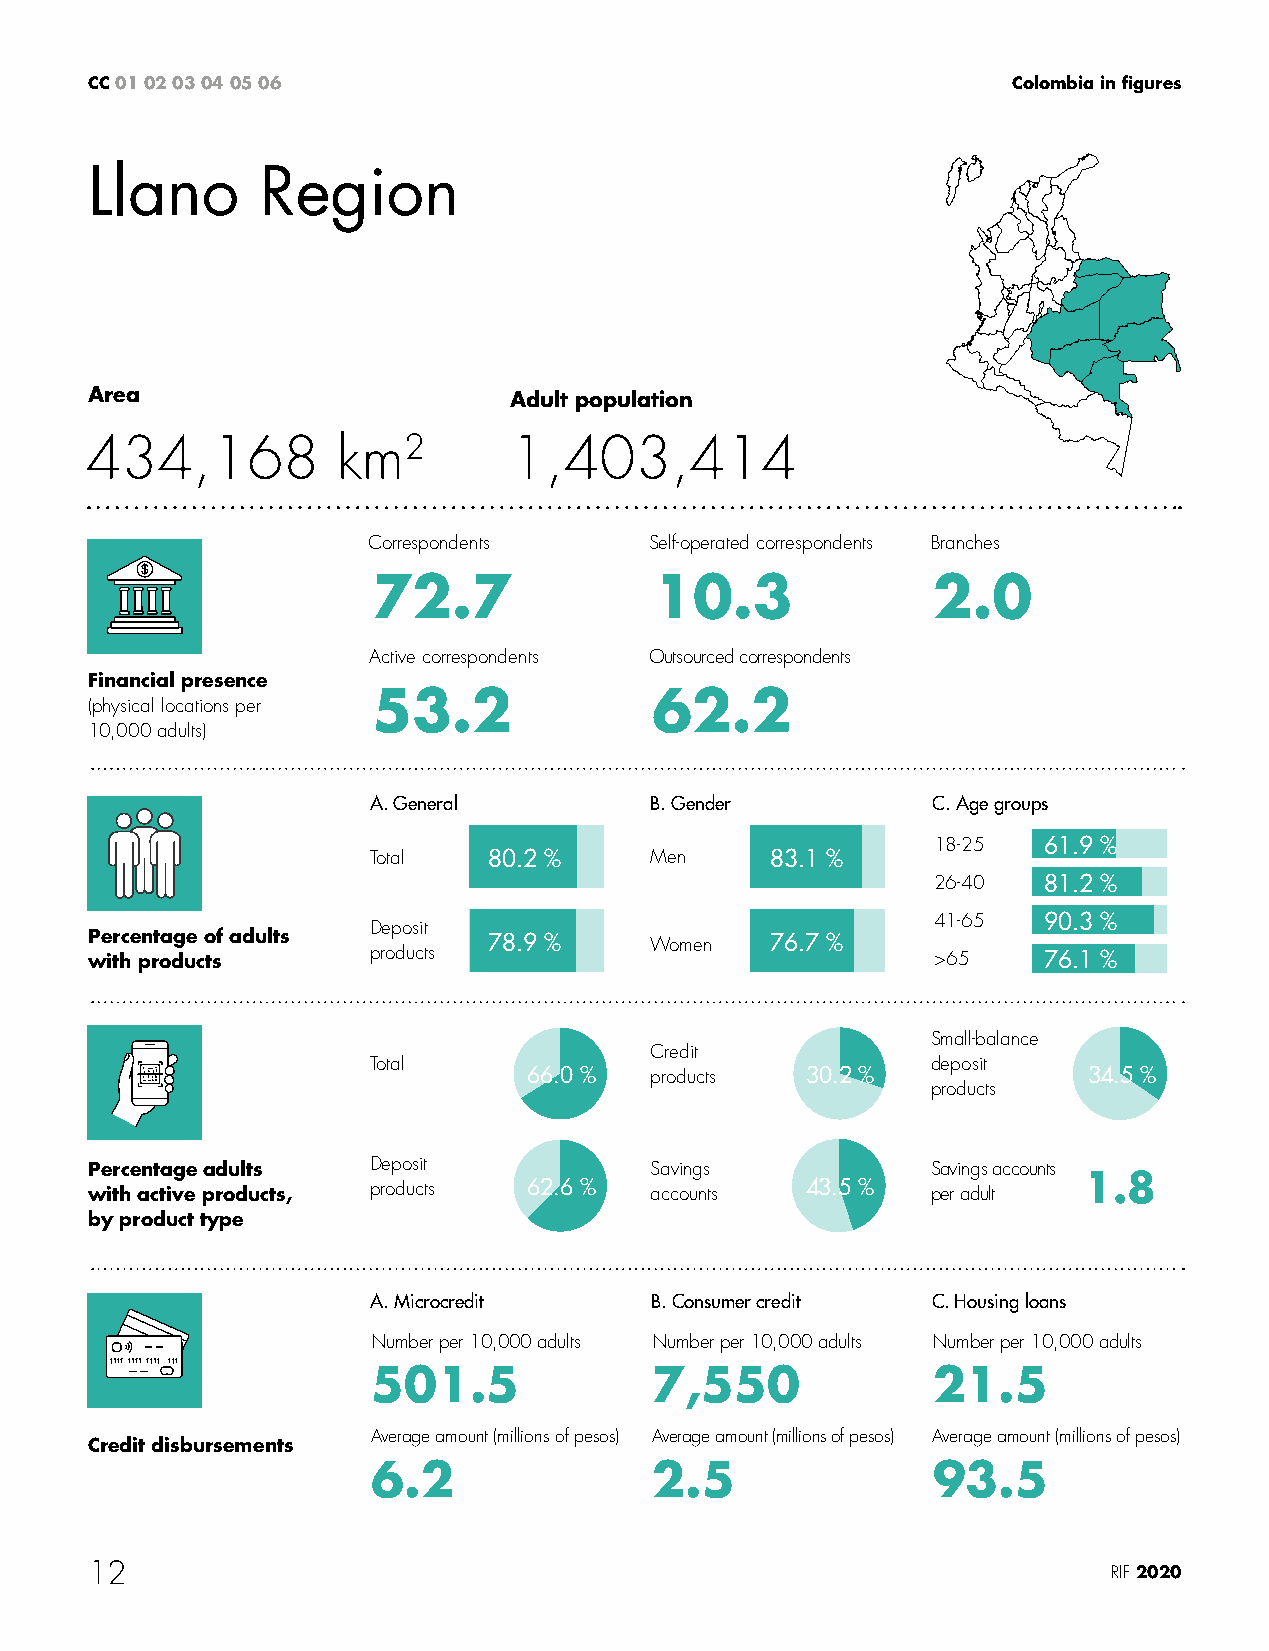
CC 01 02 03 04 05 06                                         Colombia in figures
 Llano      Region
 Area                        Adult population
 434,168         km2         1,403,414
 Correspondents     Self-operated correspondents Branches
 72.7              10.3               2.0
 Active correspondents Outsourced correspondents
 Financial presence
 53.2              62.2
 (physical locations per
 10,000 adults)
 A. General         B. Gender          C. Age groups
 18-25  61.9 %
 Total   80.2 %     Men     83.1 %
 26-40  81.2 %
 41-65  90.3 %
 Deposit
 Percentage of adults      78.9 %     Women   76.7 %
 with products     products                              >65    76.1 %
 Small-balance
 Credit
 Total                                 deposit
 66.0 %  products  30.2 %             34.5 %
 products
 Percentage adults Deposit            Savings            Savings accounts
 1.8
 with active products, products 62.6 % accounts 43.5 %   per adult
 by product type
 A. Microcredit    B. Consumer credit C. Housing loans
 Number per 10,000 adults Number per 10,000 adults Number per 10,000 adults
 501.5             7,550              21.5
 Average amount (millions of pesos) Average amount (millions of pesos) Average amount (millions of pesos)
 Credit disbursements
 6.2               2.5                93.5
 12                                                                  RIF 2020